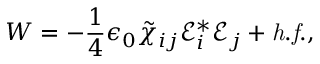
W = - \frac { 1 } { 4 } \epsilon _ { 0 } \tilde { \chi } _ { i j } \mathcal { E } _ { i } ^ { * } \mathcal { E } _ { j } + \mathit { h . f . } ,